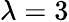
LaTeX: \lambda=3